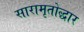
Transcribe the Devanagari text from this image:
सारामृतोद्धार